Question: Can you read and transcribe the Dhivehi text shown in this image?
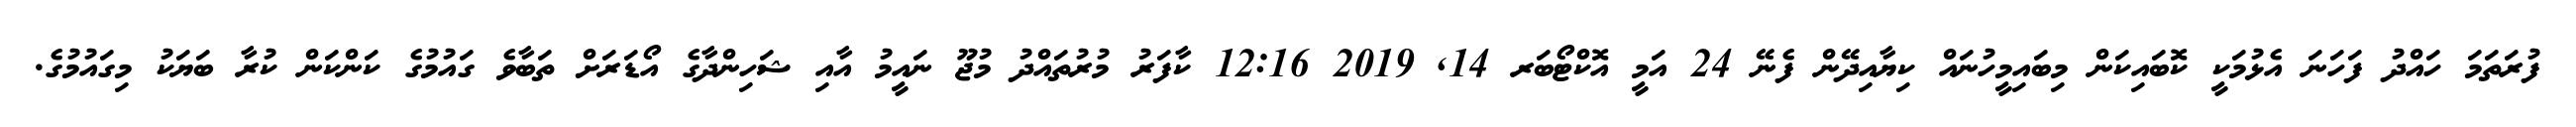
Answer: ފުރަތަމަ ހައްދު ފަހަނަ އެޅުމަކީ ކޮބައިކަން މިބައިމީހުނައް ކިޔާއިދޭން ފެނޭ 24 އަމީ އޮކްޓޯބަރ 14, 2019 12:16 ކާފަރު މުރުތައްދު މުޖޫ ނައީމު އާއި ޝަހިންދާގެ އޯޑަރަށް ތަބާވެ ގައުމުގެ ކަންކަން ކުރާ ބަޔަކު މިގައުމުގެ.